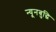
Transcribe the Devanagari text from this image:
न्यूनबुद्धि